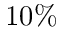
1 0 \%